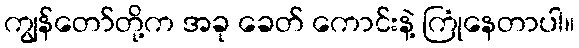
ကျွန်တော်တို့က အခု ခေတ် ကောင်းနဲ့ ကြုံနေတာပါ။